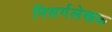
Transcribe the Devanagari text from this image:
निसर्गलेखक